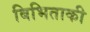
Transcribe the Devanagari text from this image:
बिभिताकी